Report on the working of the mental hospitals for Indians in Bihar and Orissa - 1925-1929
Year: 1925
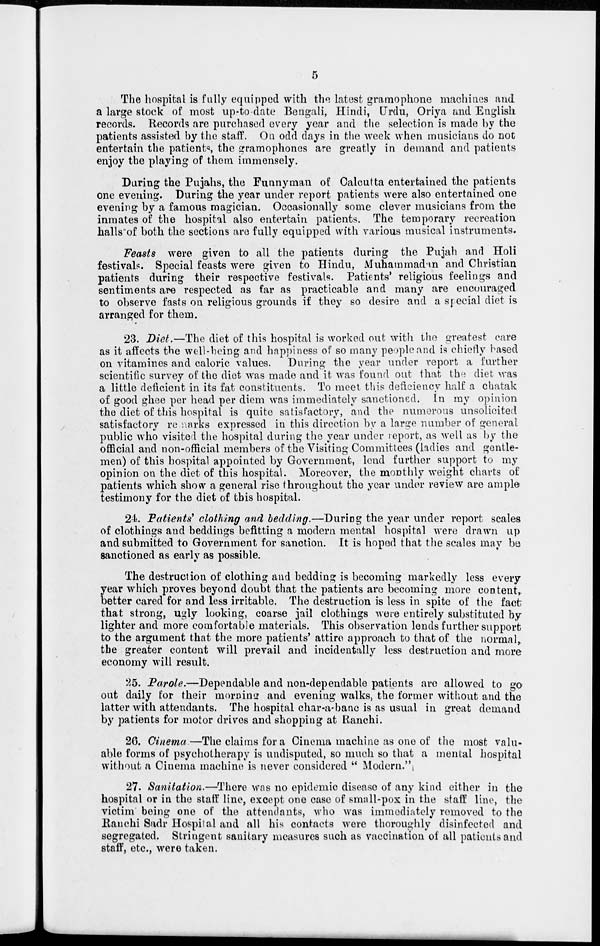
5
The hospital is fully equipped with the latest gramophone machines and
a large stock of most up-to-date Bengali, Hindi, Urdu, Oriya and English
records. Records are purchased every year and the selection is made by the
patients assisted by the staff. On odd days in the week when musicians do not
entertain the patients the gramophones are greatly in demand and patients
enjoy the playing of them immensely.
During the Pujahs, the Funnyman of Calcutta entertained the patients
one evening. During the year under report patients were also entertained one
evening by a famous magician. Occasionally some clever musicians from the
inmates of the hospital also entertain patients. The temporary recreation
halls of both the sections are fully equipped with various musical instruments.
Feasts were given to all the patients during the Pujah and Holi
festivals. Special feasts were given to Hindu, Muhammadan and Christian
patients during their respective festivals. Patients' religious feelings and
sentiments are respected as far as practicable and many are encouraged
to observe fasts on religious grounds if they so desire and a special diet is
arranged for them.
23. Diet.—The diet of this hospital is worked out with the greatest care
as it affects the well-being and happiness of so many people and is chiefly based
on vitamines and caloric values. During the year under report a further
scientific survey of the diet was made and it was found out that the diet was
a little deficient in its fat constituents. To meet this deficiency half a chatak
of good ghee per head per diem was immediately sanctioned. In my opinion
the diet of this hospital is quite satisfactory, and the numerous unsolicited
satisfactory remarks expressed in this direction by a large number of general
public who visited the hospital during the year under report, as well as by the
official and non-official members of the Visiting Committees (ladies and gentle-
men) of this hospital appointed by Government, lend further support to my
opinion on the diet of this hospital. Moreover, the monthly weight charts of
patients which show a general rise throughout the year under review are ample
testimony for the diet of this hospital.
24. Patients' clothing and bedding.—During the year under report scales
of clothings and beddings befitting a modern mental hospital were drawn up
and submitted to Government for sanction. It is hoped that the scales may be
sanctioned as early as possible.
The destruction of clothing and bedding is becoming markedly less every
year which proves beyond doubt that the patients are becoming more content,
better cared for and less irritable. The destruction is less in spite of the fact
that strong, ugly looking, coarse jail clothings were entirely substituted by
lighter and more comfortable materials. This observation lends further support
to the argument that the more patients' attire approach to that of the normal,
the greater content will prevail and incidentally less destruction and more
economy will result.
25. Parole.—Dependable and non-dependable patients are allowed to go
out daily for their morning and evening walks, the former without and the
latter with attendants. The hospital char-a-banc is as usual in great demand
by patients for motor drives and shopping at Ranchi.
26. Cinema.—The claims for a Cinema machine as one of the most valu-
able forms of psychotherapy is undisputed, so much so that a mental hospital
without a Cinema machine is never considered " Modern."
27. Sanitation.—There was no epidemic disease of any kind either in the
hospital or in the staff line, except one case of small-pox in the staff line, the
victim being one of the attendants, who was immediately removed to the
Ranchi Sadr Hospital and all his contacts were thoroughly disinfected and
segregated. Stringent sanitary measures such as vaccination of all patients and
staff, etc., were taken.